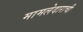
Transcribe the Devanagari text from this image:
मामलेदाराची